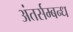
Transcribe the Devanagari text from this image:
अंतर्सम्बन्ध